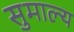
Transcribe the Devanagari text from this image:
सुमाल्य